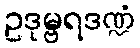
ဥဒုမ္ဗရဒဏ္ဍံ